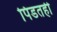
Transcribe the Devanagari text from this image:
पिडतही